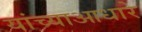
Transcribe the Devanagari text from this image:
यांच्याआधारे